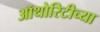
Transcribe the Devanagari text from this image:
ऑथोरिटीच्या